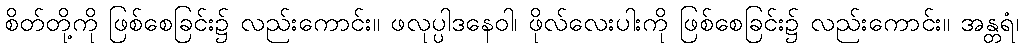
စိတ်တို့ကို ဖြစ်စေခြင်း၌ လည်းကောင်း။ ဖလုပ္ပါဒနေဝါ၊ ဖိုလ်လေးပါးကို ဖြစ်စေခြင်း၌ လည်းကောင်း။ အန္တရံ၊